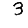
Digit: 3